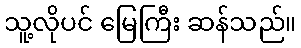
သူ့လိုပင် မြေကြီး ဆန်သည်။